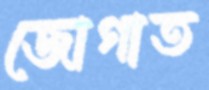
জোগাত